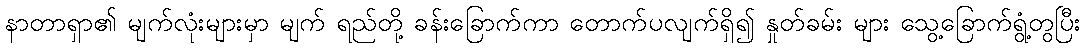
နာတာရှာ၏ မျက်လုံးများမှာ မျက် ရည်တို့ ခန်းခြောက်ကာ တောက်ပလျက်ရှိ၍ နှုတ်ခမ်း များ သွေ့ခြောက်ရွံ့တွပြီး